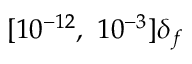
[ 1 0 ^ { - 1 2 } , ~ 1 0 ^ { - 3 } ] \delta _ { f }